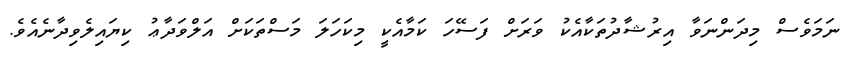
ނަމަވެސް މިދަންނަވާ އިރުޝާދުތަކާއެކު ވަރަށް ފަސޭހަ ކަމާއެކީ މިކަހަލަ މަސްތަކަށް އަލްވަދާޢު ކިޔައިލެވިދާނެއެވެ.